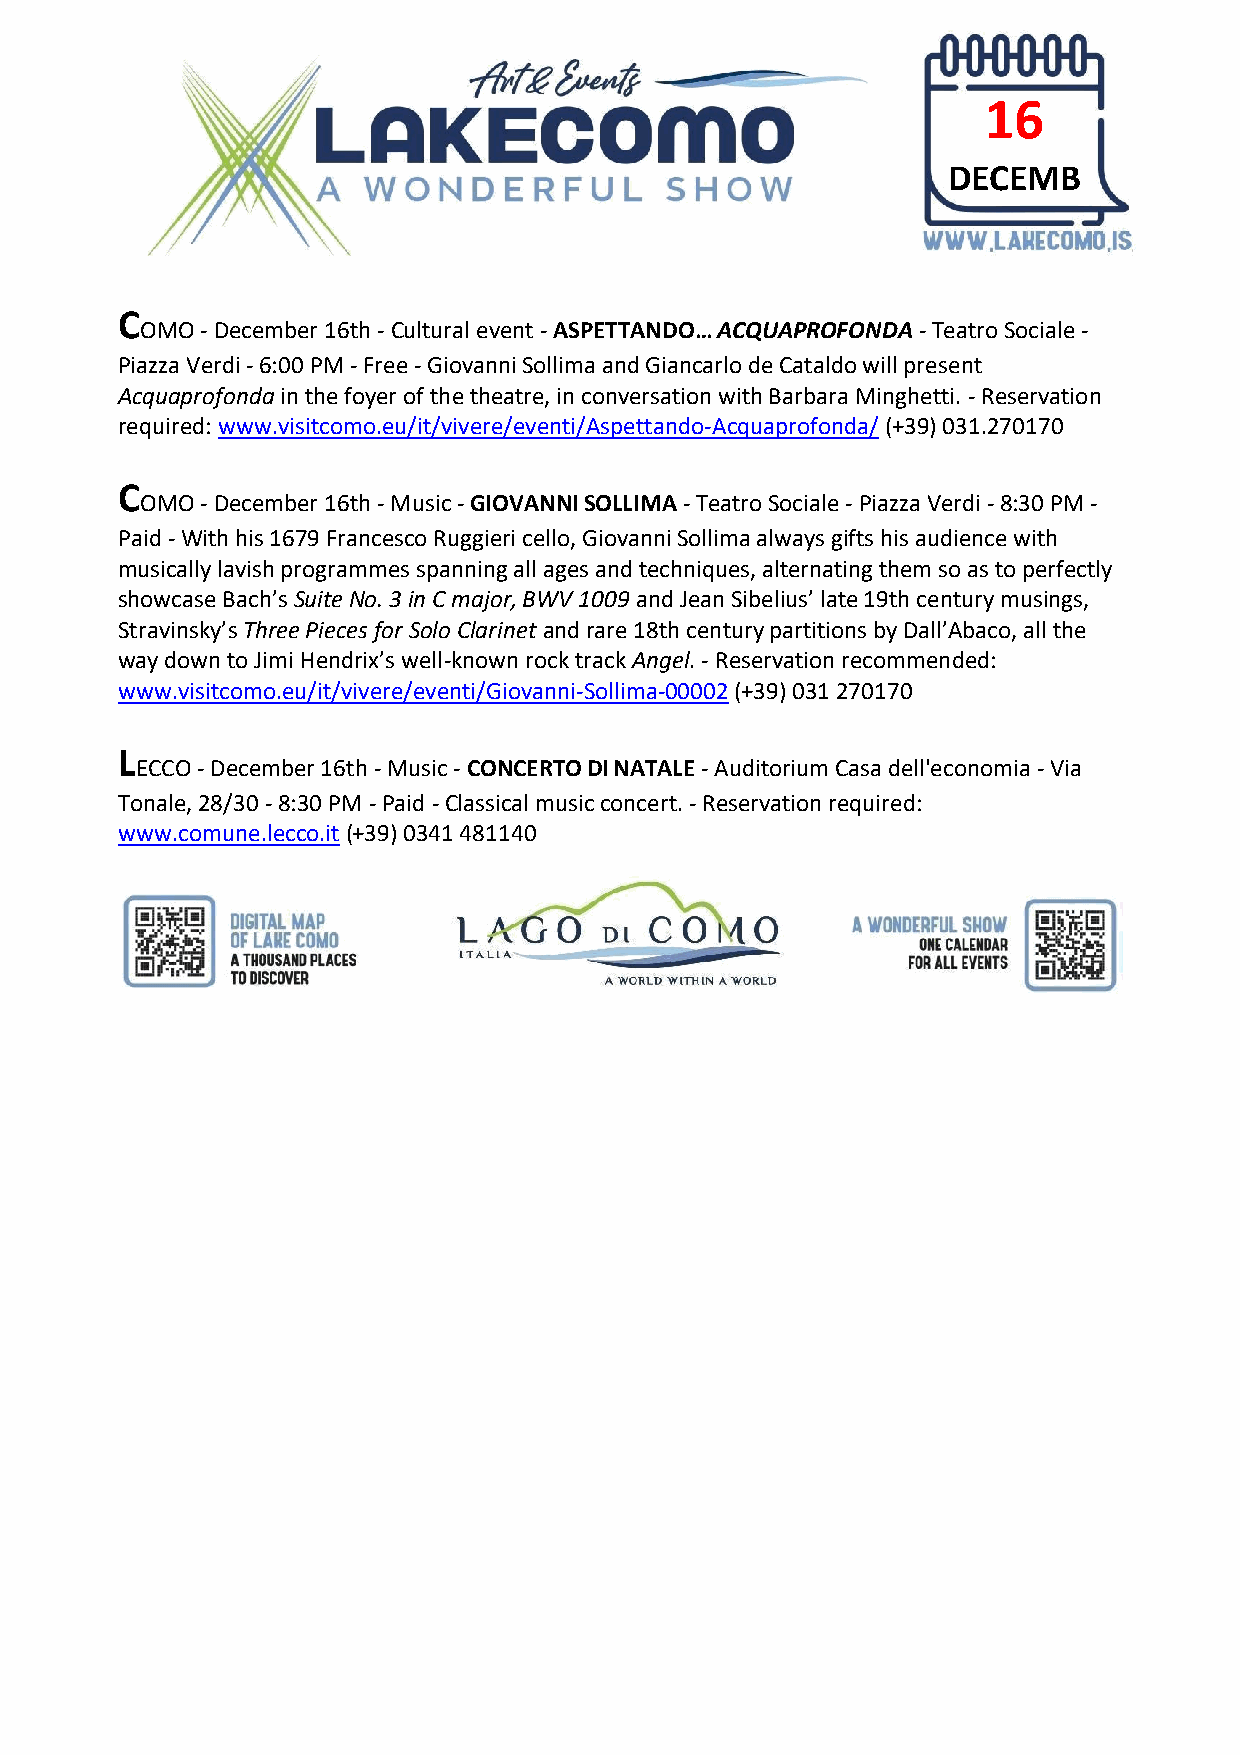
16
 DECEMB
 ER
 C
 OMO - December 16th - Cultural event - ASPETTANDO… ACQUAPROFONDA - Teatro Sociale -
 Piazza Verdi - 6:00 PM - Free - Giovanni Sollima and Giancarlo de Cataldo will present
 Acquaprofonda in the foyer of the theatre, in conversation with Barbara Minghetti. - Reservation
 required: www.visitcomo.eu/it/vivere/eventi/Aspettando-Acquaprofonda/ (+39) 031.270170
 C
 OMO - December 16th - Music - GIOVANNI SOLLIMA - Teatro Sociale - Piazza Verdi - 8:30 PM -
 Paid - With his 1679 Francesco Ruggieri cello, Giovanni Sollima always gifts his audience with
 musically lavish programmes spanning all ages and techniques, alternating them so as to perfectly
 showcase Bach’s Suite No. 3 in C major, BWV 1009 and Jean Sibelius’ late 19th century musings,
 Stravinsky’s Three Pieces for Solo Clarinet and rare 18th century partitions by Dall’Abaco, all the
 way down to Jimi Hendrix’s well-known rock track Angel. - Reservation recommended:
 www.visitcomo.eu/it/vivere/eventi/Giovanni-Sollima-00002 (+39) 031 270170
 L
 ECCO - December 16th - Music - CONCERTO DI NATALE - Auditorium Casa dell'economia - Via
 Tonale, 28/30 - 8:30 PM - Paid - Classical music concert. - Reservation required:
 www.comune.lecco.it (+39) 0341 481140